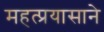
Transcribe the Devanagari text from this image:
महत्प्रयासाने